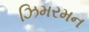
ઝિમરમન